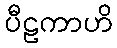
ပီဠကာဟိ